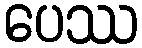
ပေဿ